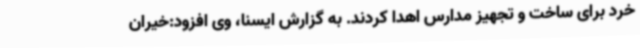
خرد برای ساخت و تجهیز مدارس اهدا کردند. به گزارش ایسنا، وی افزود:خیران